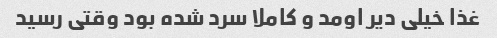
غذا خیلی دیر اومد و کاملا سرد شده بود وقتی رسید